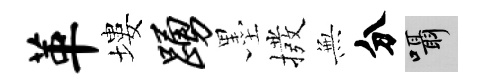
革塿踊墨撥𭴾分囁